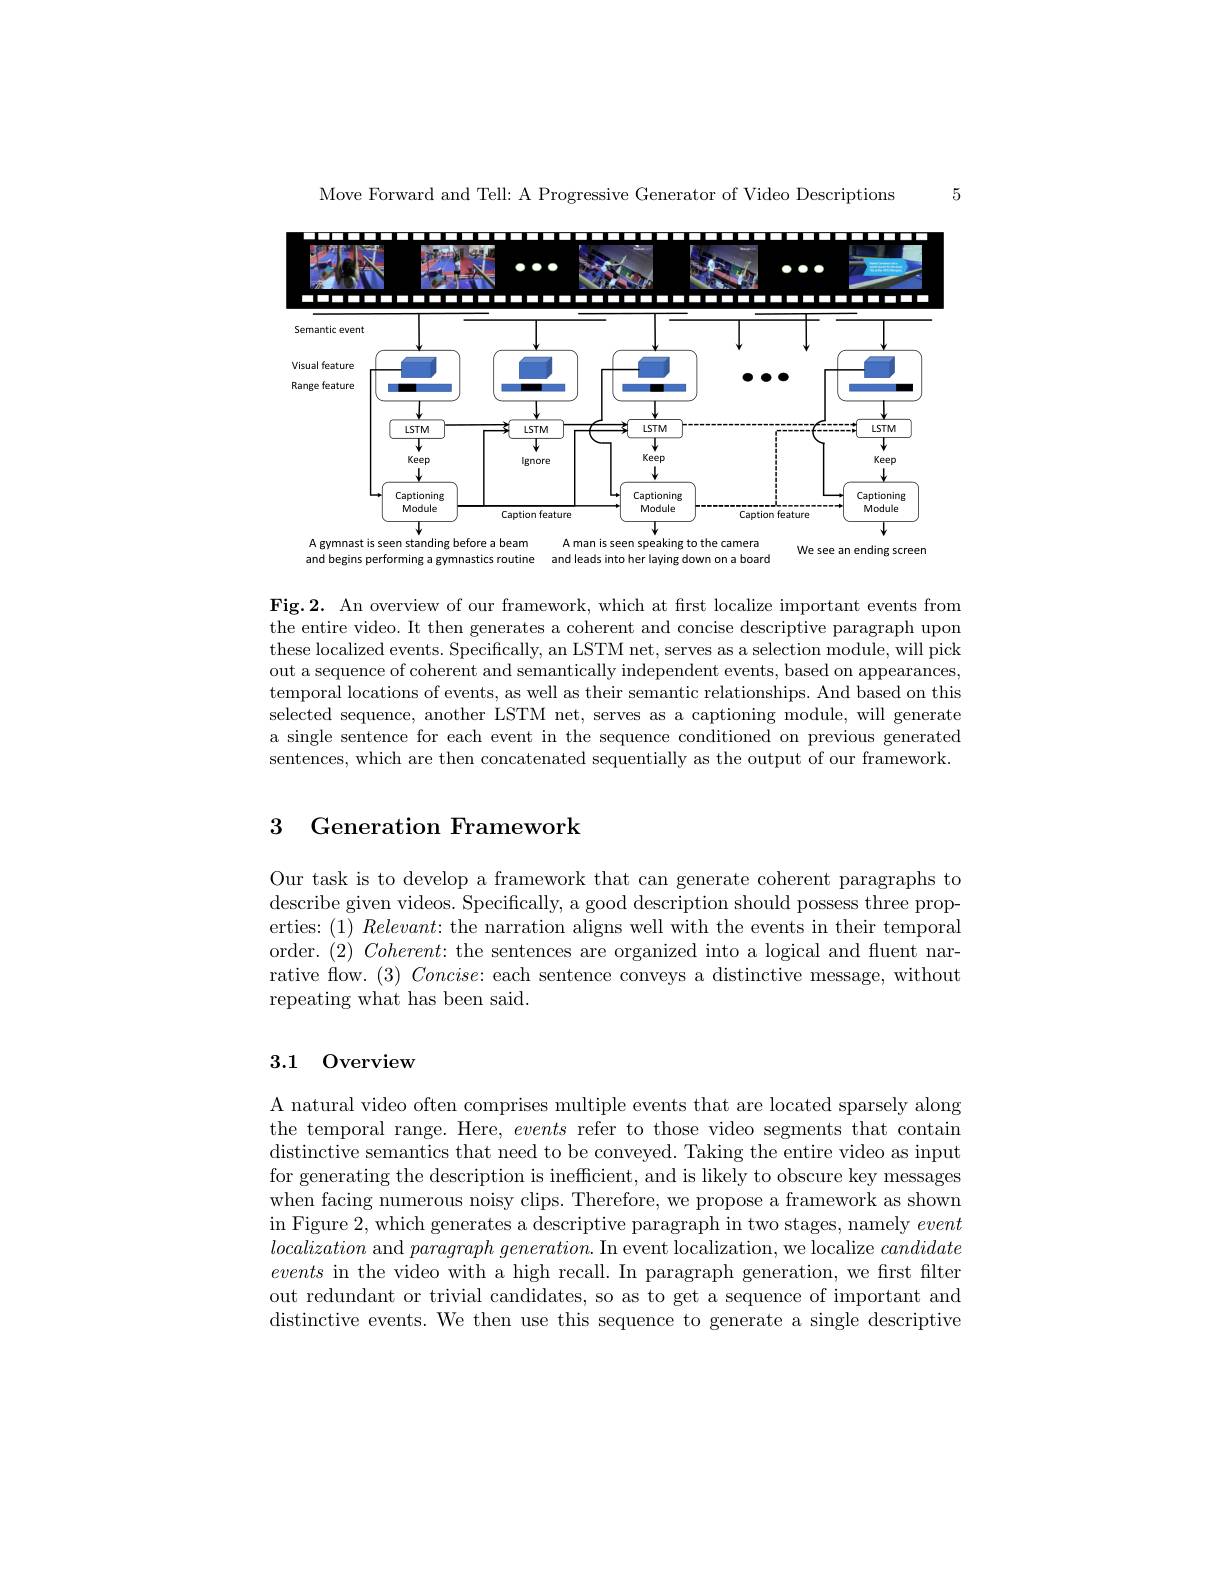
Move Forward and Tell: A Progressive Generator of Video Descriptions

<FigureHere>
A man is seen speaking to the camera

A gymnast is seen standing before a beam

We see an ending screen

and leads into her laying down on a board

and begins performing a gymnastics routine

$\mathbf{Fig.2.~An~overview~of~our~framework,~which~at~frst~localize~important~events~from}$ the entire video. It then generates a coherent and concise descriptive paragraph upon these localized events. Specifically, an LSTM net, serves as a selection module, will pick out a sequence of coherent and semantically independent events, based on appearances, temporal locations of events, as well as their semantic relationships. And based on this selected sequence, another LSTM net, serves as a captioning module, will generate a single sentence for each event in the sequence conditioned on previous generated sentences, which are then concatenated sequentially as the output of our framework.

# 3 Generation Framework

Our task is to develop a framework that can generate coherent paragraphs to describe given videos. Specifically, a good description should possess three properties:(1) Relevant: the narration aligns well with the events in their temporal order. $( 2) \textit{ Coherent: the sentences are organized into a logical and fluent nar- }$ rative flow. $( 3) \textit{ Concise: each sentence conveys a distinctive message, without}$ repeating what has been said.

## 3.1 0verview

A natural video often comprises multiple events that are located sparsely along the temporal range. Here, events refer to those video segments that contain distinctive semantics that need to be conveyed. Taking the entire video as input for generating the description is inefficient, and is likely to obscure key messages when facing numerous noisy clips. Therefore, we propose a framework as shown $\operatorname{in}$ Figure 2, which generates a descriptive paragraph in two stages, namely event localization and $paragraph\textit{ generation. In event localization, we localize }candidate$ events in the video with a high recall. In paragraph generation, we first filter out redundant or trivial candidates, so as to get a sequence of important and distinctive events. We then use this sequence to generate a single descriptive